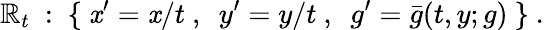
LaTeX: \mathbb{R}_{t}~:~\{ ~\mathit{x}^{\prime}=\mathit{x}/t~,~~y^{\prime}=y/t~,~~g^{\prime}=\bar{{g}}(t,y;g)~\} ~.